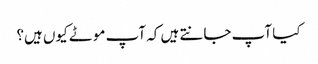
کیا آپ جانتے ہیں کہ آپ موٹے کیوں ہیں؟